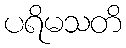
ပရိမသတိ